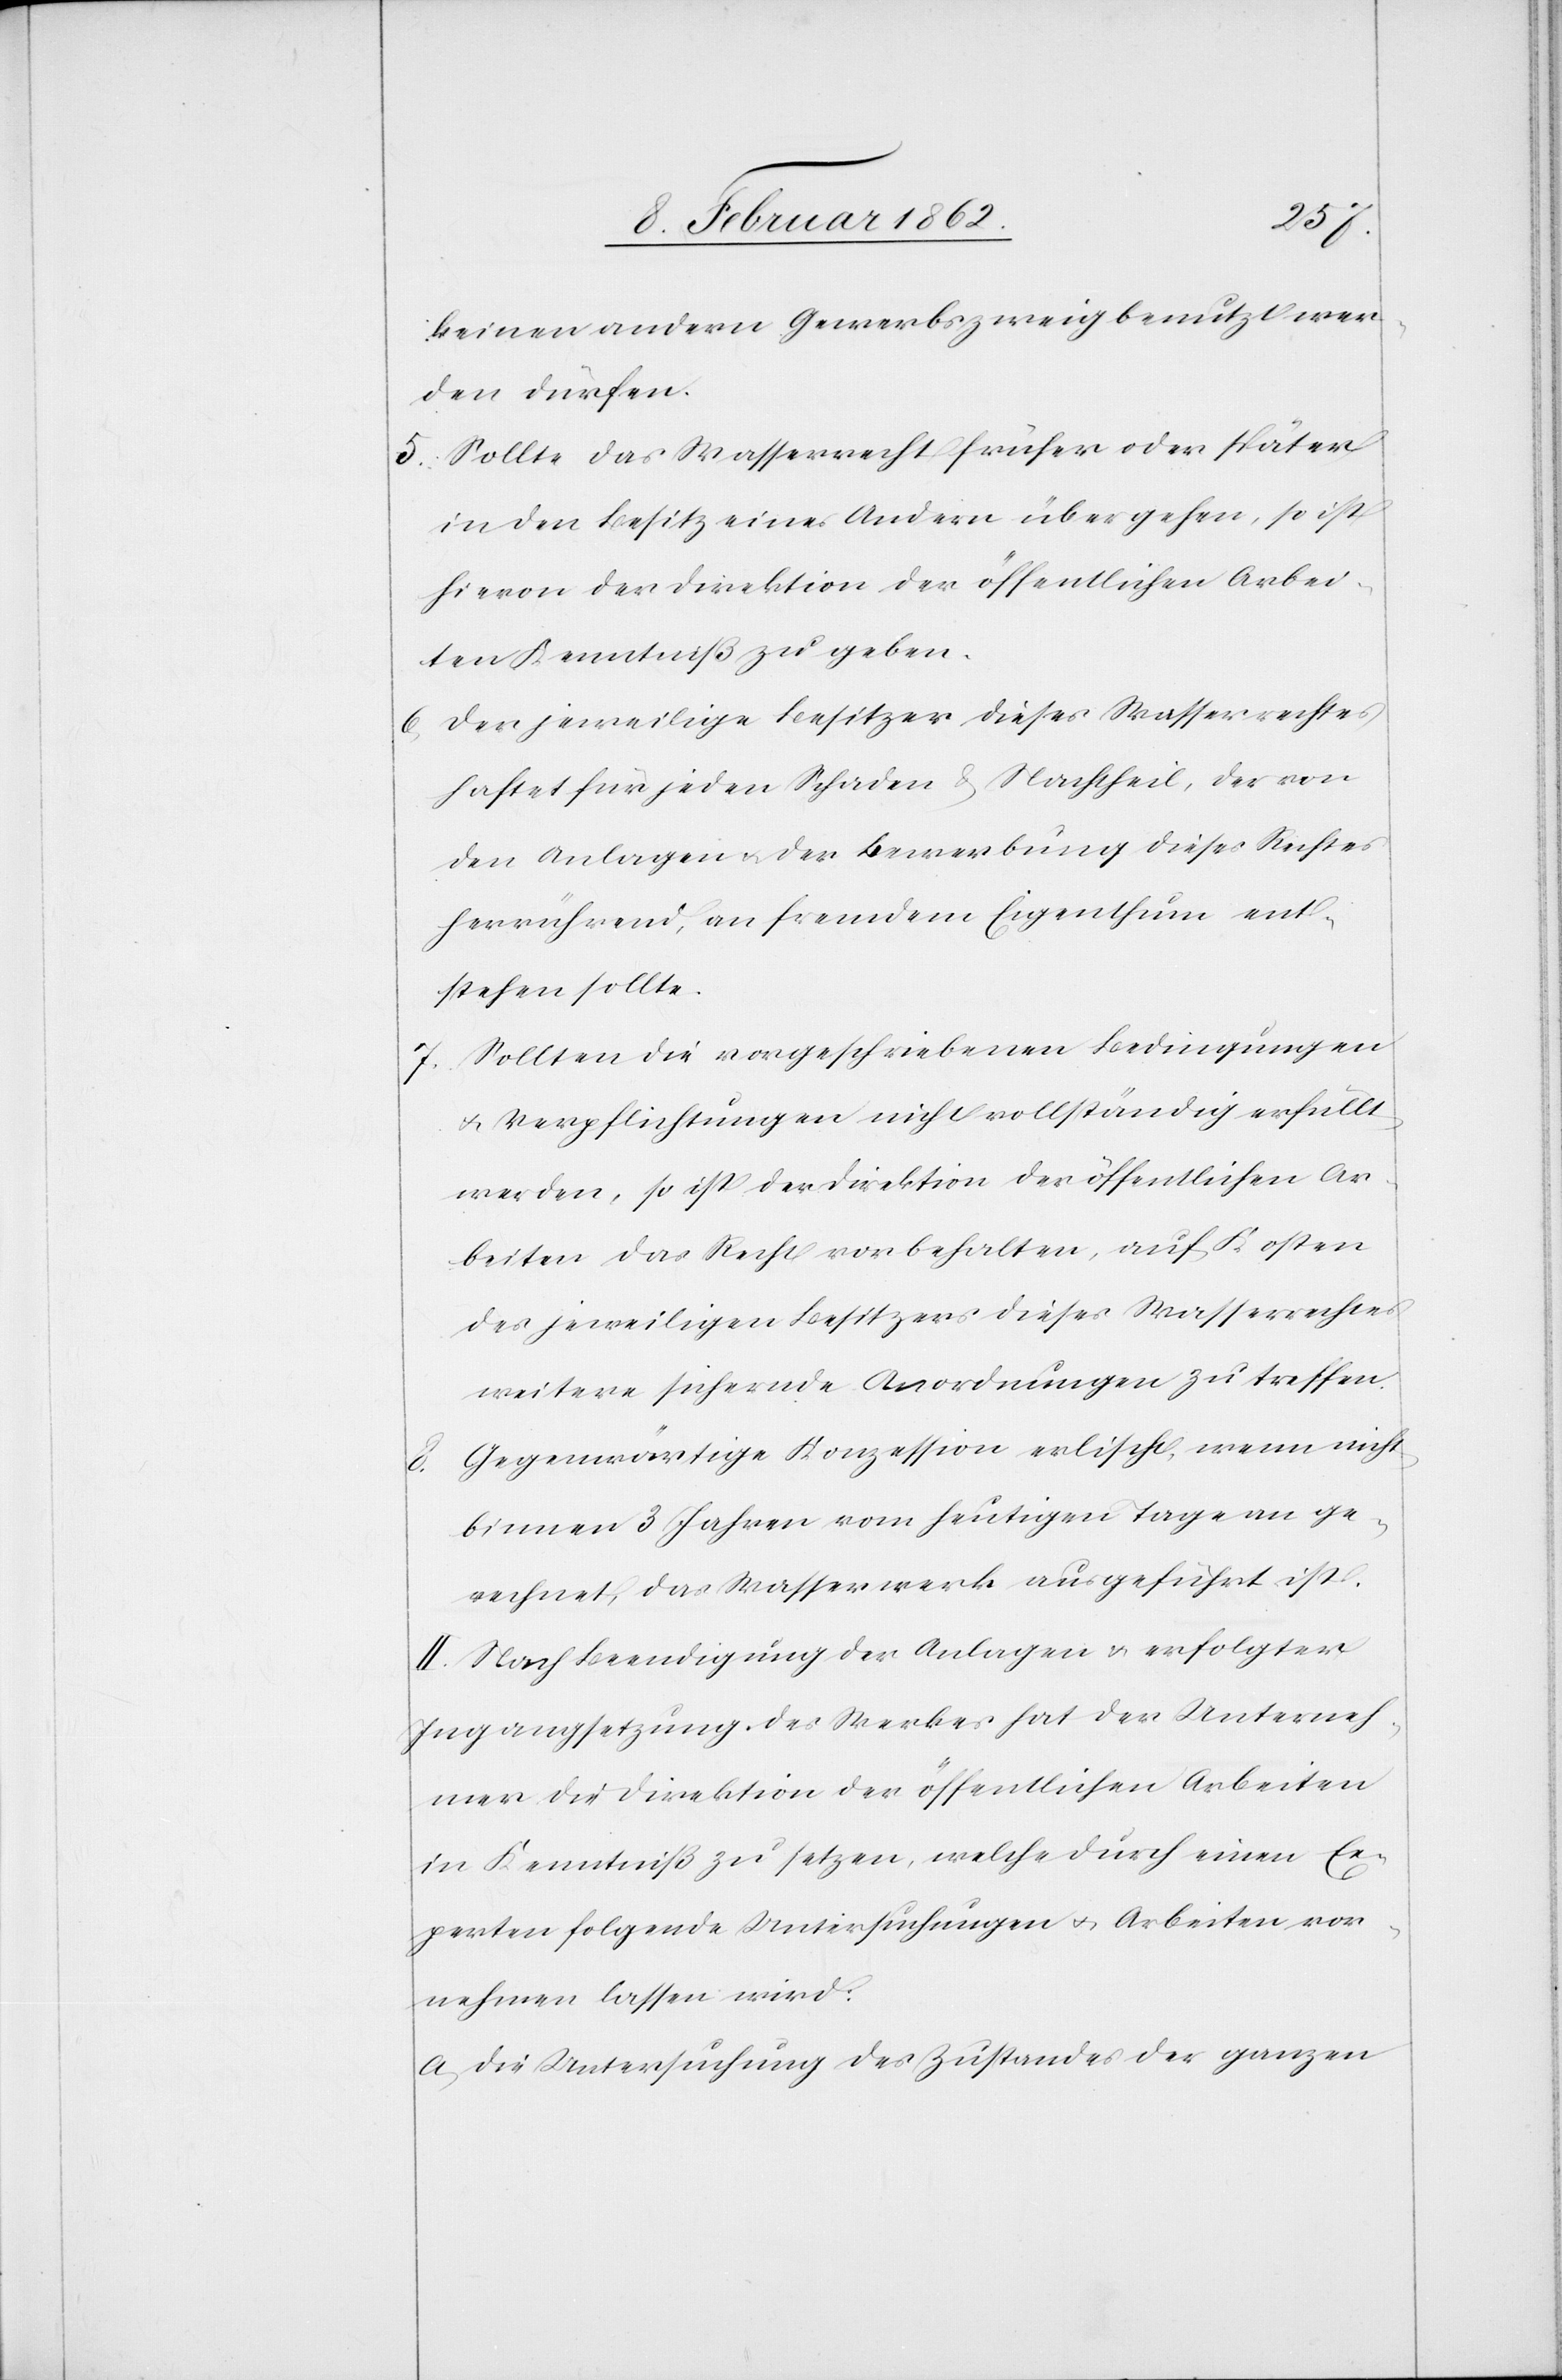
keinen andern Gewerbszweig benutzt wer¬
den dürfen.
5) Sollte das Wasserrecht früher oder später
in Besitz eines Andern übergehen, so ist
hievon der Direktion der öffentlichen Arbei¬
ten Kenntniß zu geben.
6) Der jeweilige Besitzer dieses Wasserrechtes
haftet für jeden Schaden & Nachtheil, der von
den Anlagen u. der Bewerbung dieses Rechtes
herrührend, an fremdem Eigenthum ent¬
stehen sollte.
7) Sollten die vorgeschriebenen Bedingungen
u. Verpflichtungen nicht vollständig erfüllt
werden, so ist der Direktion der öffentlichen Ar¬
beiten das Recht vorbehalten, auf Kosten
des jeweiligen Besitzers dieses Wasserrechtes
weitere sichernde Anordnungen zu treffen.
8) Gegenwärtige Konzession erlischt, wenn nicht
binnen 3 Jahren vom heutigen Tage an ge¬
rechnet, das Wasserwerk ausgeführt ist.
II. Nach Beendigung der Anlagen u. erfolgter
Ingangsetzung des Werkes hat der Unterneh¬
mer die Direktion der öffentlichen Arbeiten
in Kenntniß zu setzen, welche durch einen Ex¬
perten folgende Untersuchungen u. Arbeiten vor¬
nehmen lassen wird:
a) die Untersuchung des Zustandes der ganzen